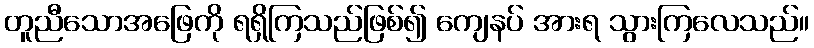
တူညီသောအဖြေကို ရရှိကြသည်ဖြစ်၍ ကျေနပ် အားရ သွားကြလေသည်။